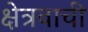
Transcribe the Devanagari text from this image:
क्षेत्रवाची